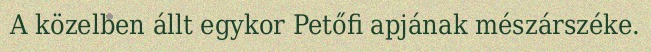
A közelben állt egykor Petőfi apjának mészárszéke.